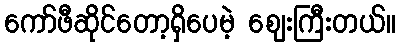
ကော်ဖီဆိုင်တော့ရှိပေမဲ့ ဈေးကြီးတယ်။